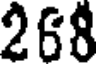
268